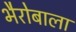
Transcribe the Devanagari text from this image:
भैरोबाला